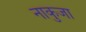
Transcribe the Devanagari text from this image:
नाकुजा